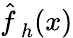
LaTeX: {\hat{f\, }}_{h}(x)